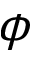
\phi